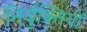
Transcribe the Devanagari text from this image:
निर्युक्तियों